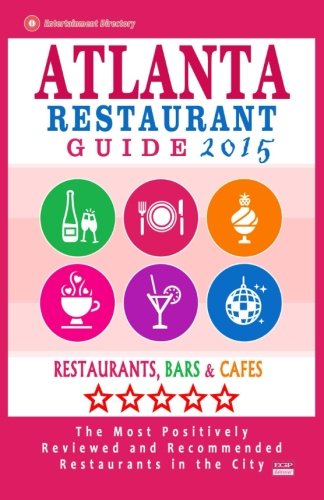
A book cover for Atlanta Restaurant Guide 2015: Best Rated Restaurants in Atlanta - 500 restaurants, bars and cafÃ©s recommended for visitors.; Steven A. Burbank; Travel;